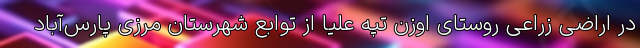
در اراضی زراعی روستای اوزن تپه علیا از توابع شهرستان مرزی پارس‌آباد